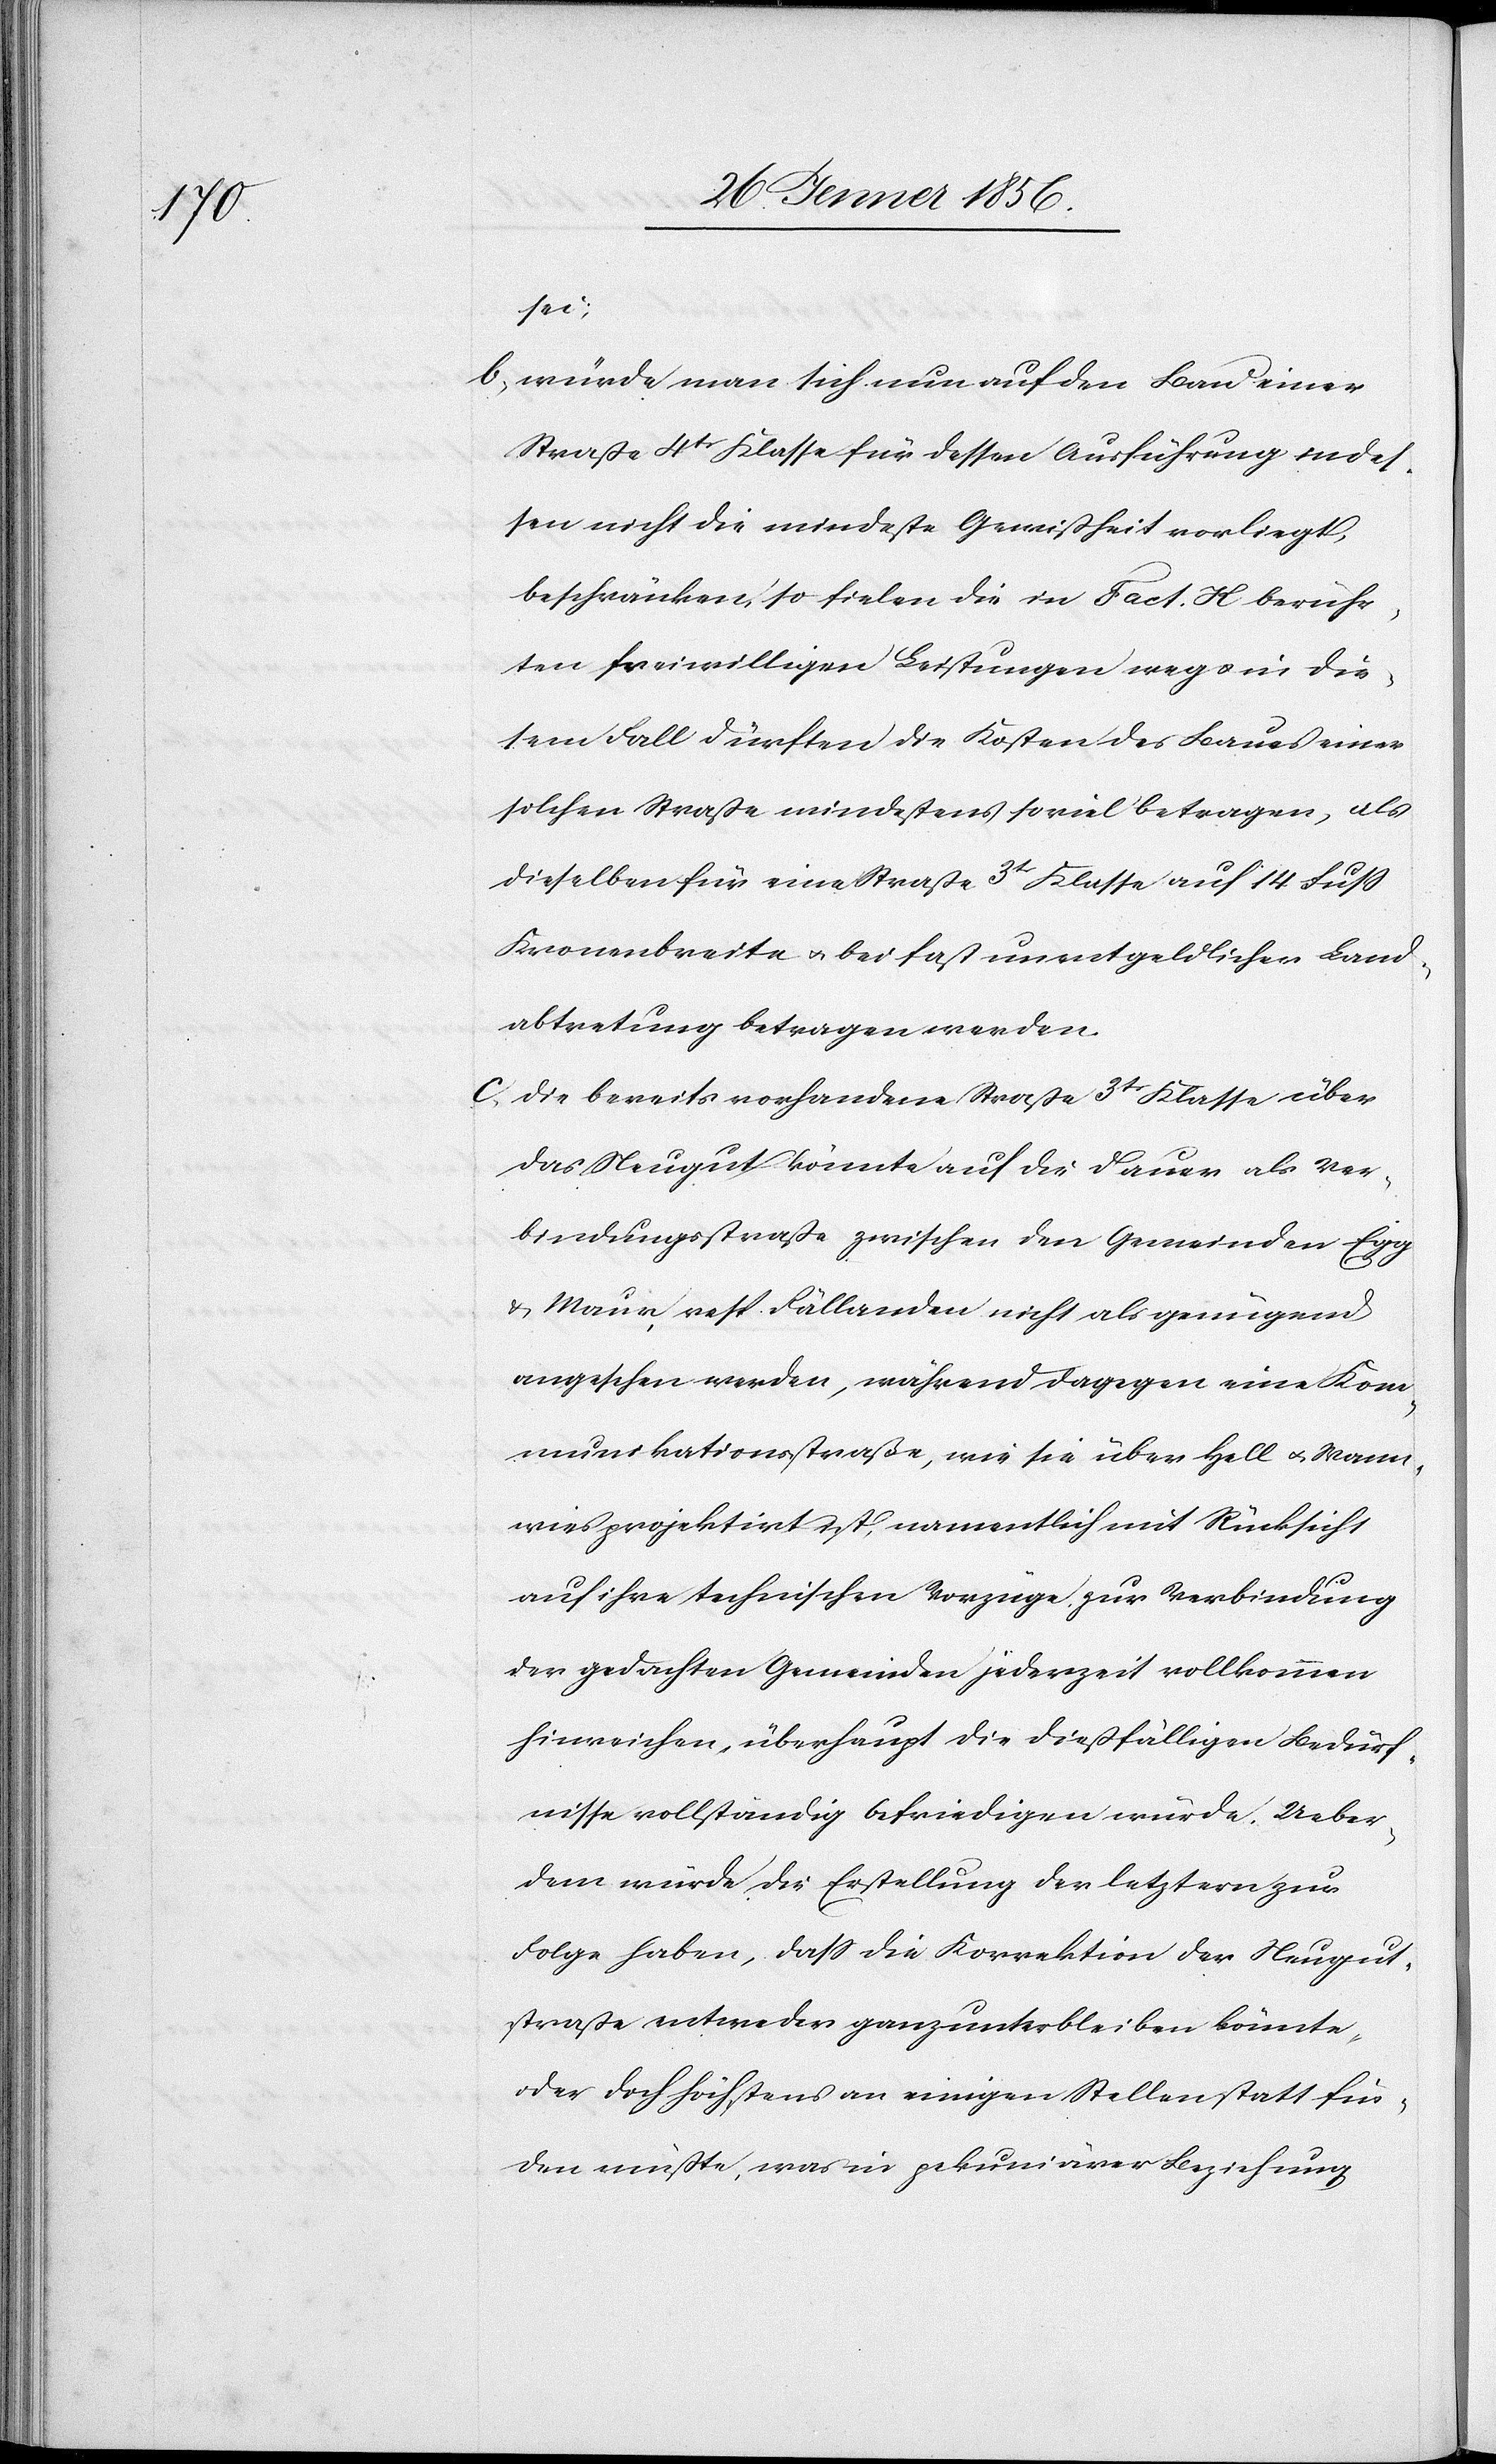
sei;
b, würde man sich nun auf den Bau einer
Straße 4tr Klasse für dessen Ausführung indes¬
sen nicht die mindeste Gewißheit vorliegt,
beschränken, so fielen die in Fact. H berühr¬
ten freiwilligen Leistungen weg u. in die¬
sem Fall dürften die Kosten des Baues einer
solchen Straße mindestens so viel betragen, als
dieselben für eine Straße 3tr Klasse auf 14 Fuß
Kronenbreite u. bei fast unentgeldlicher Land¬
abtretung betragen werden.
c. die bereits vorhandene Straße 3tr Klasse über
das Neugut könnte auf die Dauer als Ver¬
bindungsstraße zwischen den Gemeinden Egg
u. Maur resp. Fällanden nicht als genügend
angesehen werden, während dagegen eine Kom¬
munikationsstraße, wie sie über Hell u. Wann¬
wies projektirt ist, namentlich mit Rücksicht
auf ihre technischen Vorzüge, zur Verbindung
der gedachten Gemeinden jederzeit vollkommen
hinreichen, überhaupt die dießfälligen Bedürf¬
nisse vollständig befriedigen würde. Ueber¬
dem würde die Erstellung der letztern zur
Folge haben, daß die Korrektion der Neugut¬
straße entweder ganz unterbleiben könnte,
oder doch höchstens an einigen Stellen statt fin¬
den müßte, was in pekuniärer Beziehung